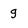
Character: g